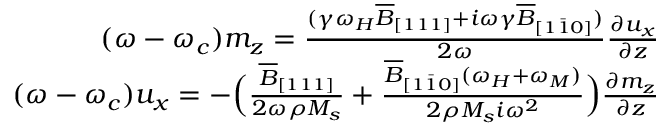
\begin{array} { r } { ( \omega - \omega _ { c } ) m _ { z } = \frac { ( \gamma \omega _ { H } \overline { { B } } _ { [ 1 1 1 ] } + i \omega \gamma \overline { { B } } _ { [ 1 \bar { 1 } 0 ] } ) } { 2 \omega } \frac { \partial u _ { x } } { \partial z } } \\ { ( \omega - \omega _ { c } ) u _ { x } = - \Big ( \frac { \overline { { B } } _ { [ 1 1 1 ] } } { 2 \omega \rho M _ { s } } + \frac { \overline { { B } } _ { [ 1 \bar { 1 } 0 ] } ( \omega _ { H } + \omega _ { M } ) } { 2 \rho M _ { s } i \omega ^ { 2 } } \Big ) \frac { \partial m _ { z } } { \partial z } } \end{array}